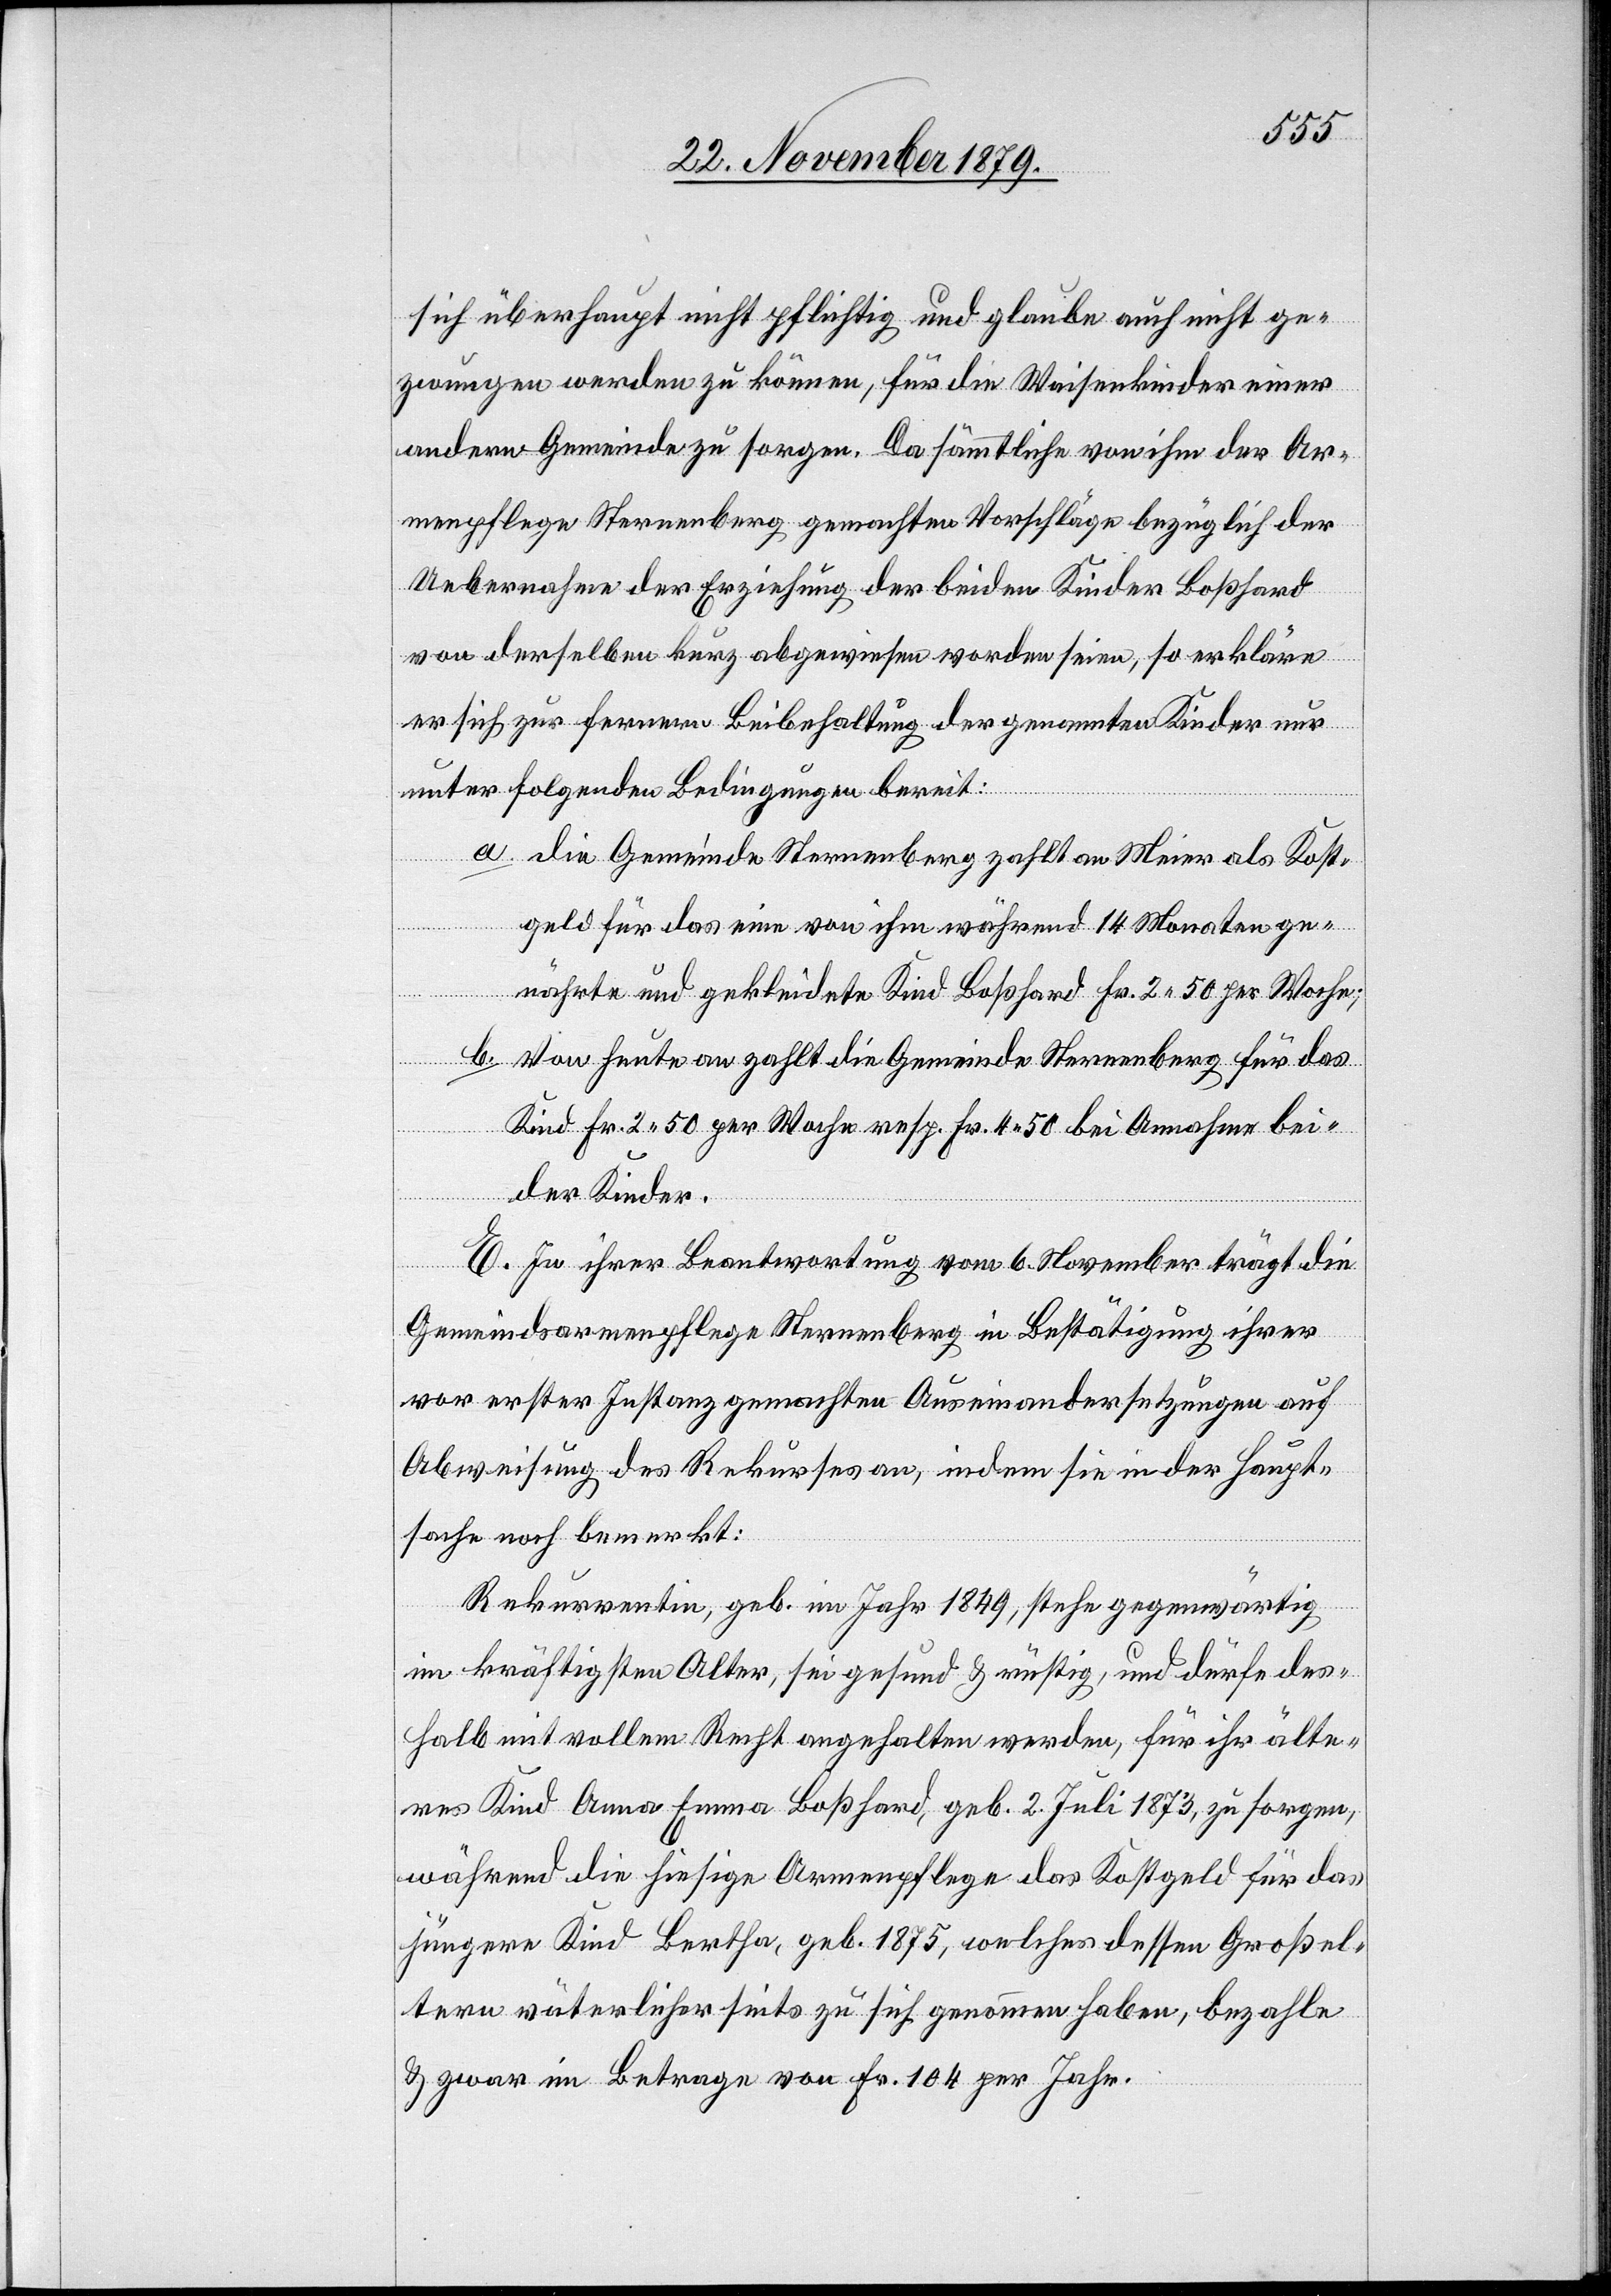
sich überhaupt nicht pflichtig und glaube auch nicht ge¬
zwungen werden zu können, für die Waisenkinder einer
andern Gemeinde zu sorgen. Da sämmtliche von ihm der Ar¬
menpflege Sternenberg gemachten Vorschläge bezüglich der
Uebernahme der Erziehung der beiden Kinder Boßhard
von derselben kurz abgewiesen worden seien, so erkläre
er sich zur fernern Beibehaltung der genannten Kinder nur
unter folgenden Bedingungen bereit:
a. die Gemeinde Sternenberg zahlt an Meier als Kost¬
geld für das eine von ihm während 14 Monaten ge¬
nährte und gekleidete Kind Boßhard Fr. 2 50 per Woche;
b Von heute an zahlt die gemeinde Sternenberg für das
Kind Fr. 2 50 per Woche resp. Fr. 4 50 bei Annahme bei¬
der Kinder.
E. In ihrer Beantwortung vom 6. November trägt die
Gemeindsarmenpflege Sternenberg in Bestätigung ihrer
vor erster Instanz gemachten Auseinandersetzungen auf
Abweisung des Rekurses an, indem sie in der Haupt¬
sache noch bemerkt:
Rekurrentin, geb. im Jahr 1849, stehe gegenwärtig
im kräftigsten Alter, sei gesund & rüstig, und dürfe des¬
halb mit vollem Recht angehalten werden, für ihr älte¬
res Kind Anna Emma Boßhard, geb. 2. Juli 1873, zu sorgen,
während die hiesige Armenpflege das Kostgeld für das
jüngere Kind Bertha, geb. 1875, welches dessen Großel¬
tern väterlicherseits zu sich genommen haben, bezahle
& zwar im Betrage von Fr. 104 per Jahr.